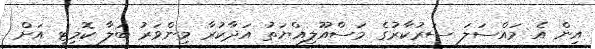
އިން އެ މައްސަލަ ސަރުކާރުގެ މަސްއޫލިއްޔަތު އަދާކުރާ މިންވަރު ބަލާ ކޮމިޓީ އަށް